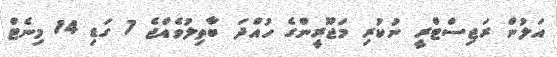
އަލުން ރަޖިސްޓްރީ ނުކުރި މަޖޫރީންގެ ހުއްދަ ބާތިލުވެއްޖެ 7 ގަޑި 14 މިނެޓް